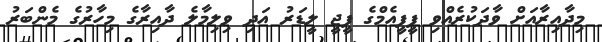
މިދާއިރާއަށް ވާދަކުރެއްވި ޕީޕީއެމްގެ ޕީޖީ ލީޑަރު އަދި ވިލިމާލެ ދާއިރާގެ މިހާރުގެ މެންބަރު